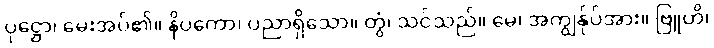
ပုဋ္ဌော၊ မေးအပ်၏။ နိပကော၊ ပညာရှိသော။ တွံ၊ သင်သည်။ မေ၊ အကျွန်ုပ်အား။ ဗြူဟိ၊